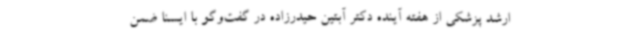
ارشد پزشکی از هفته آینده دکتر آبتین حیدرزاده در گفت‌وگو با ایسنا ضمن